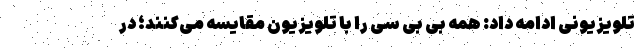
تلویزیونی ادامه داد: همه بی بی سی را با تلویزیون مقایسه می‌کنند؛ در